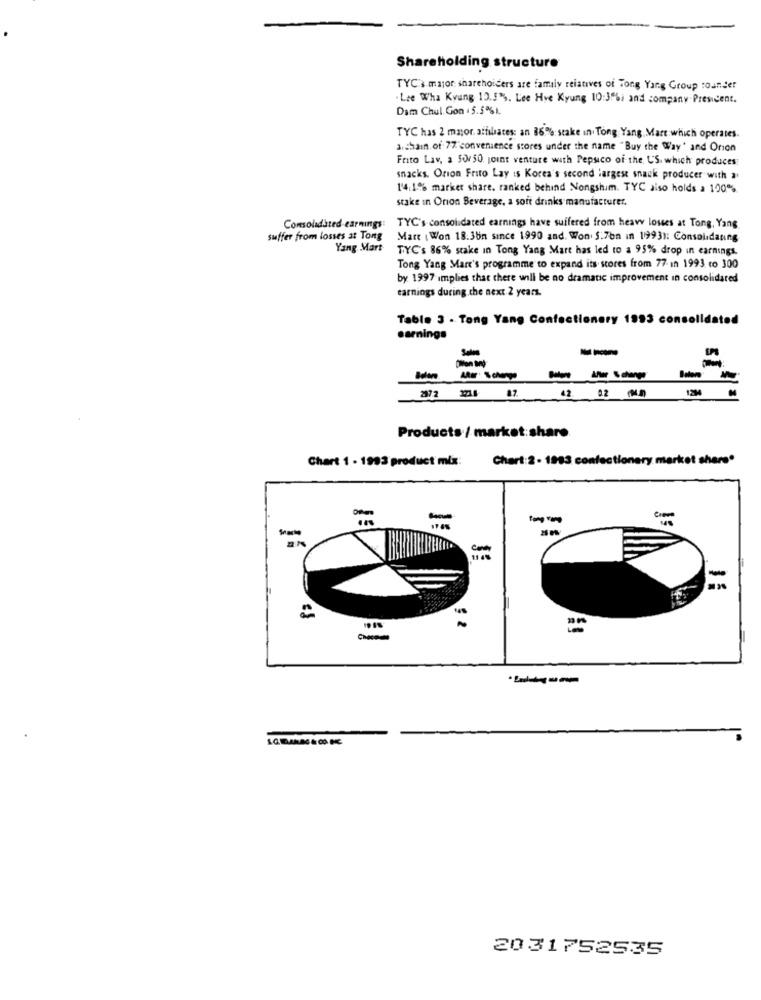
Shareholding structure
TYC's major shareholders are family relatives of Tong Yang Group rounder
. Lie Wha Kyung 10.5%. Lee Hoe Kyung 10:3%, and company President.
Dam Chul. Gon . 5.5%1.
TYC has 2 mayor, affiliates: an 86% stake in. Tong Yang. Mart which operates.
a. chain of 77'convenience stores under the name "Buy the Way' and Orion
Frito Lav, a 50/50 joint venture with Pepsico of the US. which produces:
snacks. Orion Frito Lay is Korea's second largest snack producer with a
1'4:1% market share. ranked behind Nongshim. TYC aiso holds a 100%
stake in Orion Beverage, a soft drinks manufacturer.
Consolidated earnings:
TYC's consolidated earnings have suffered from heavy losses at Tong, Yang
suffer from losses at Tong
Mart ( Won 18:3bn since 1990 and. Won' S.7bn in 1993): Consolidaning
Yang Mart
TYC's 86% stake in Tong Yang Mart has led to a 95% drop in earnings.
Tong Yang Mart's programme to expand its scores from 77- in 1993 ro 300
by: 1997 implies that there will be no dramatic improvement in consolidared
earnings during.the next 2 years.
Table 3 - Tong Yang Confectionery 1993 consolidated
earnings
--
Sales
Products / market:share
Chart 1 - 1993 product mix:
Chart: 2 - 1983 confectionery market share*
=
-
2031752535